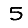
Digit: 5